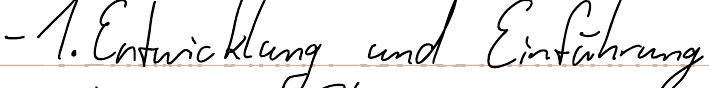
- 1. Entwicklung und Einführung